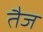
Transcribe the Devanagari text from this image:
तैज